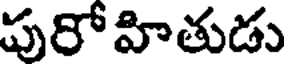
పురోహితుడు